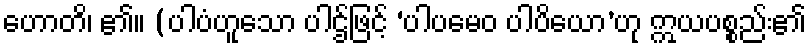
ဟောတိ၊ ၏။ (ပါပံဟူသော ပါဌ်ဖြင့် ‘ပါပမေဝ ပါပိယော’ဟု ဣယပစ္စည်း၏